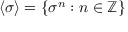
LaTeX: \langle \sigma \rangle = \left\{ \sigma ^ { n } : n \in \mathbb { Z } \right\}